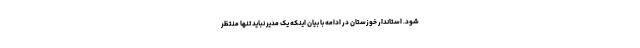
شود. استاندار خوزستان در ادامه با بیان اینکه یک مدیر نباید تنها منتظر